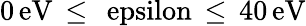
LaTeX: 0\, \mathrm{{eV}\, \leq\, \ epsilon\, \leq\, 40\, \mathrm{{eV}}}